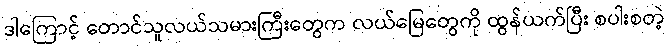
ဒါကြောင့် တောင်သူလယ်သမားကြီးတွေက လယ်မြေတွေကို ထွန်ယက်ပြီး စပါးစတဲ့